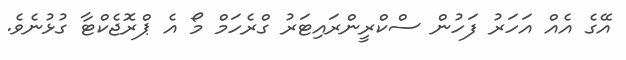
އޭގެ އެއް އަހަރު ފަހުން ސްކްރީންރައިޓަރު ގްރެހަމް މޯ އެ ޕްރޮޖެކްޓާ ގުޅުނެވެ.